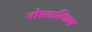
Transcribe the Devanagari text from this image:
नोस्ताल्जिया